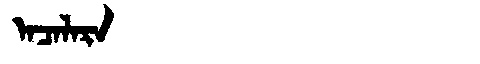
Manchu: ᠠᠴᠠᠯᠠᡵᠠ
Romanization: ACALARA